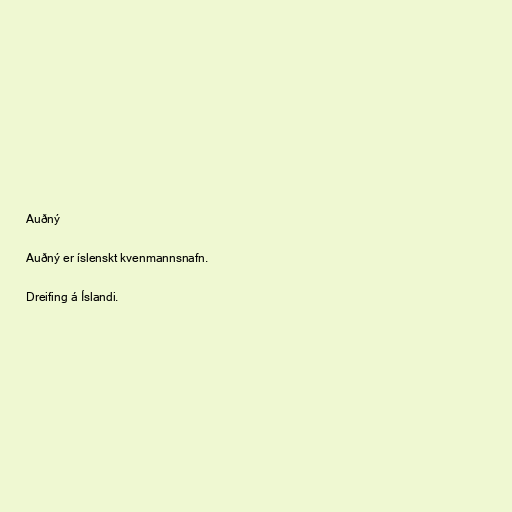
Auðný

Auðný er íslenskt kvenmannsnafn.

Dreifing á Íslandi.